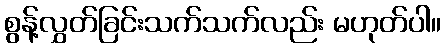
စွန့်လွှတ်ခြင်းသက်သက်လည်း မဟုတ်ပါ။